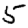
Digit: 5